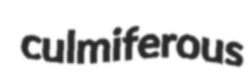
culmiferous